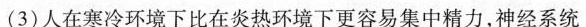
(3)人在寒冷环境下比在炎热环境下更容易集中精力，神经系统